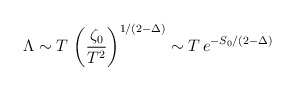
\begin{align*} \Lambda\sim T \, \left(\frac{\zeta_0}{T^2}\right)^{1/(2-\Delta)} \sim T \, e^{-S_0/(2-\Delta)}\end{align*}